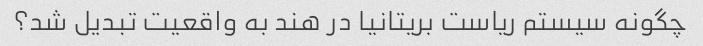
چگونه سیستم ریاست بریتانیا در هند به واقعیت تبدیل شد؟